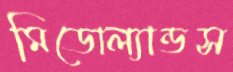
মিডোল্যান্ডস